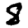
Digit: 8